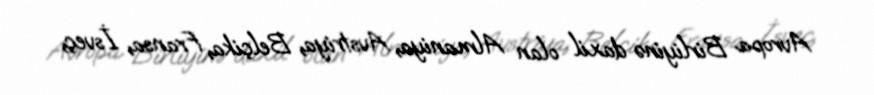
Avropa Birliyinə daxil olan Almaniya, Avstriya, Belçika, Fransa, İsveç,